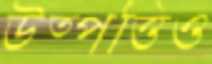
উত্পত্তিও